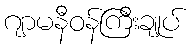
ဂျာမနီဝန်ကြီးချုပ်